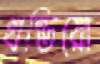
খণ্ডিয়ো